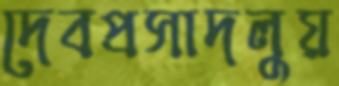
দেবপ্রসাদলুয়